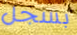
بسجل